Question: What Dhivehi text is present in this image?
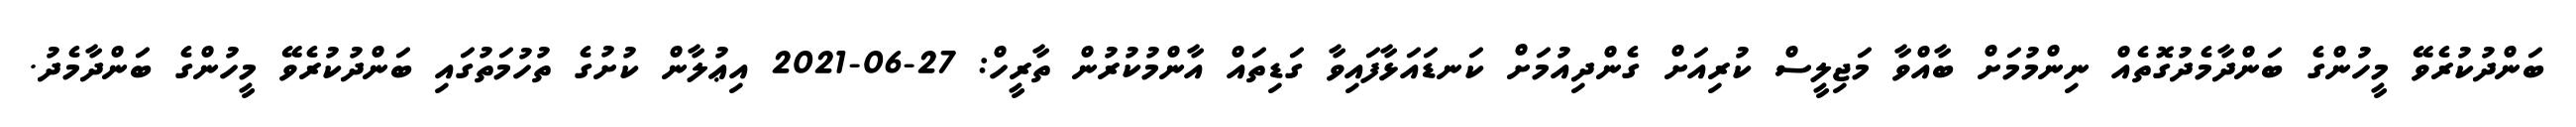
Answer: ބަންދުކުރެވޭ މީހުންގެ ބަންދާމެދުގޮތެއް ނިންމުމަށް ބާއްވާ މަޖިލީސް ކުރިއަށް ގެންދިއުމަށް ކަނޑައަޅާފައިވާ ގަޑިތައް އާންމުކުރުން ތާރީހް: 27-06-2021 އިޢުލާން ކުށުގެ ތުހުމަތުގައި ބަންދުކުރެވޭ މީހުންގެ ބަންދާމެދު.